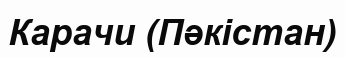
Карачи (Пәкістан)